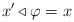
LaTeX: \begin{align*} x'\triangleleft \varphi=x \end{align*}